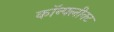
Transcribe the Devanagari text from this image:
कॉन्फ्लीक्ट